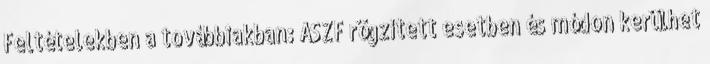
Feltételekben a továbbiakban: ÁSZF rögzített esetben és módon kerülhet